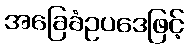
အခြေခံဥပဒေဖြင့်